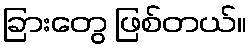
ခြားတွေ ဖြစ်တယ်။